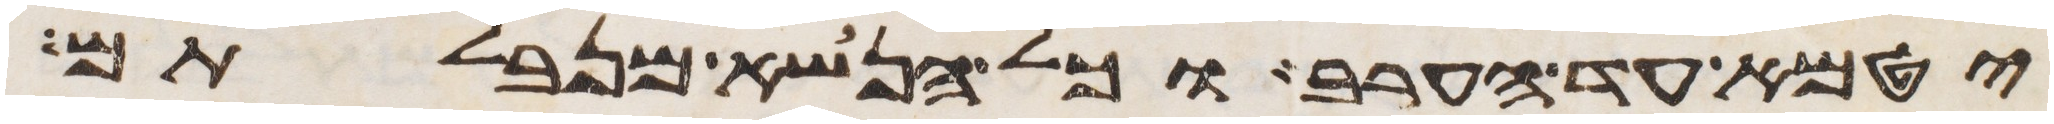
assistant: יטמא עד הערב וכל הנשא מנבלתם